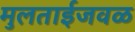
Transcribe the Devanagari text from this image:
मुलताईजवळ